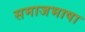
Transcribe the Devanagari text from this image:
समाजभाषा